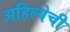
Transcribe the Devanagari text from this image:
अहिल्येची